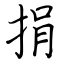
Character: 捐